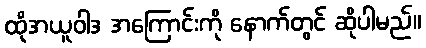
ထိုအယူဝါဒ အကြောင်းကို နောက်တွင် ဆိုပါမည်။